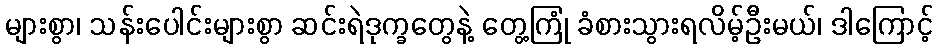
များစွာ၊ သန်းပေါင်းများစွာ ဆင်းရဲဒုက္ခတွေနဲ့ တွေ့ကြုံ ခံစားသွားရလိမ့်ဦးမယ်၊ ဒါကြောင့်